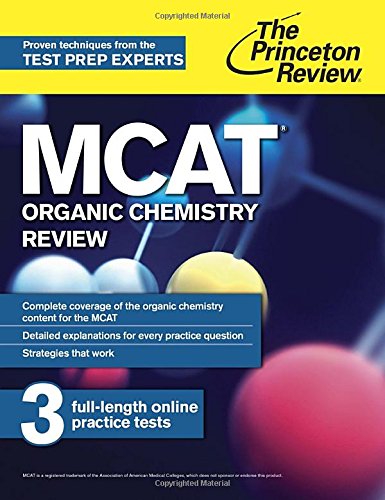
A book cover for MCAT Organic Chemistry Review: New for MCAT 2015 (Graduate School Test Preparation); Princeton Review; Test Preparation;